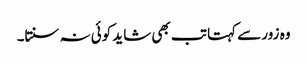
وہ زور سے کہتا تب بھی شاید کوئی نہ سنتا۔